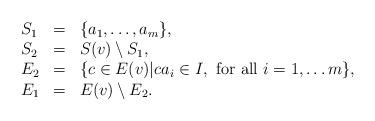
LaTeX: \begin{align*} \begin{array}{lll} S_1 & = & \{ a_1, \ldots, a_m \}, \\ S_2 &=& S(v) \setminus S_1, \\E_2 &=& \{ c \in E(v) \vert ca_i \in I, \mbox{ for all } i = 1, \ldots m \}, \\E_1 &=& E(v) \setminus E_2. \end{array}\end{align*}